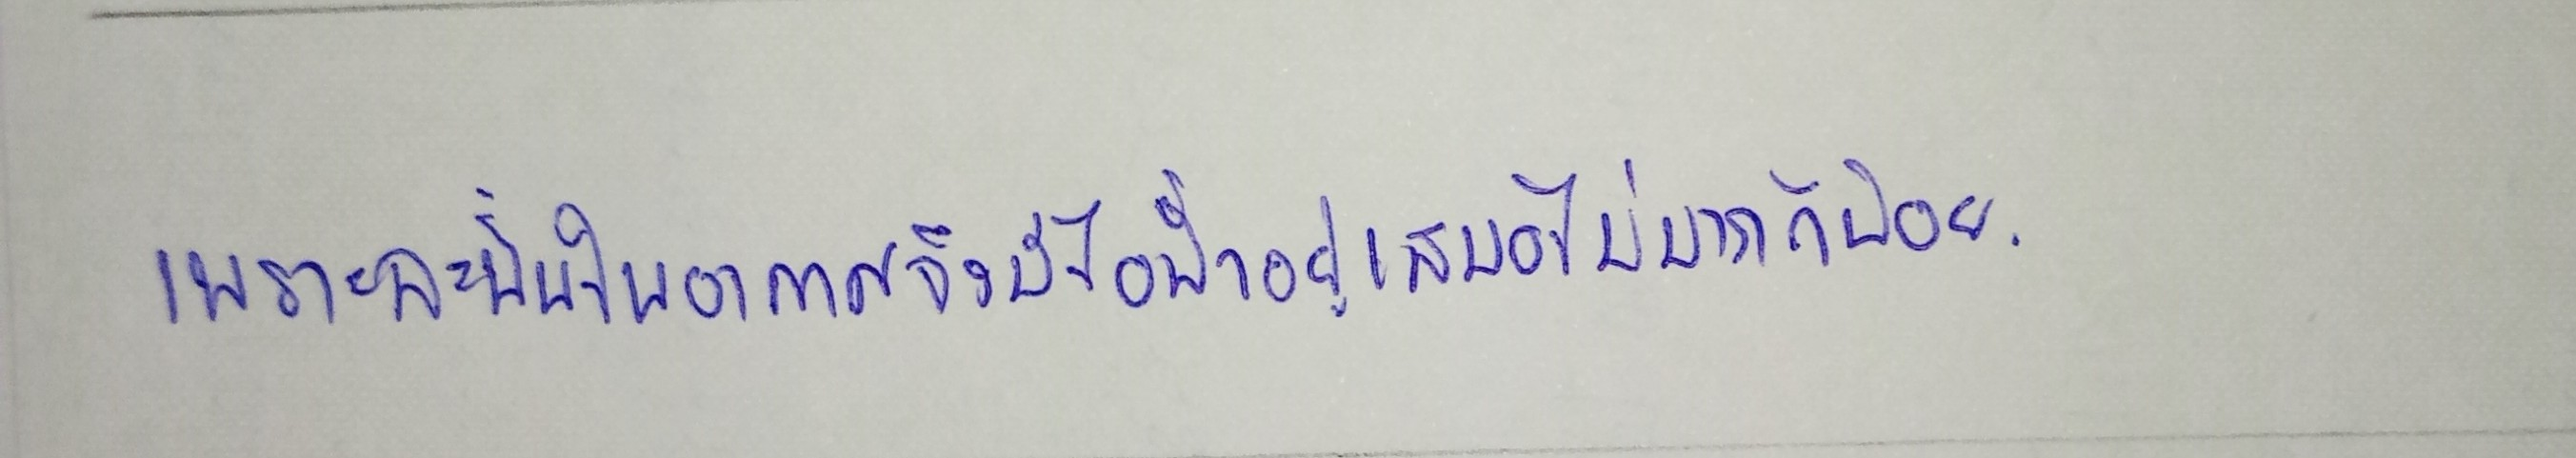
เพราะฉะนั้นในอากาศจึงมีไอน้ำอยู่เสมอไม่มากก็น้อย